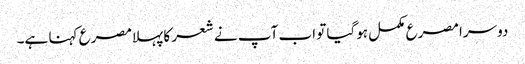
دوسرا مصرع مکمل ہوگیا تو اب آپ نے شعر کا پہلامصرع کہنا ہے۔